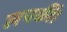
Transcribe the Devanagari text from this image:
लपकीं।